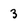
Character: 3